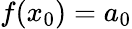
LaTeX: f(x_{0})=a_{0}